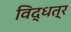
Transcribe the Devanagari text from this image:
विद्धत्र